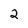
Character: 2